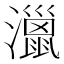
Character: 𤁯